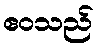
ဧဝသည်